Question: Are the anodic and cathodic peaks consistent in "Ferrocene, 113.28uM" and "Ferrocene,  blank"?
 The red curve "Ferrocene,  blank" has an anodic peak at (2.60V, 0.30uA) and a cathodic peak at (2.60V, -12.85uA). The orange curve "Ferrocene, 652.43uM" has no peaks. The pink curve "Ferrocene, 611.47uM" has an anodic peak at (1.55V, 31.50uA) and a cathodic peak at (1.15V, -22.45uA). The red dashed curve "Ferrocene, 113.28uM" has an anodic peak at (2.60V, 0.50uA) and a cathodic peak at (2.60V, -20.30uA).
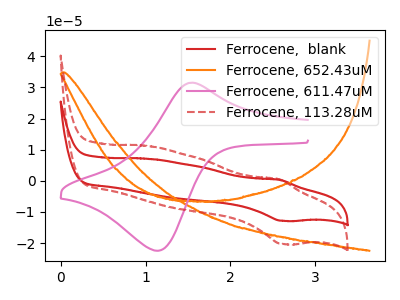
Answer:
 <answer>Yes, "Ferrocene, 113.28uM" have a peak in "Ferrocene,  blank" at the same potential.</answer>
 <eval>match</eval>